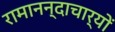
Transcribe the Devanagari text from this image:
रामानन्दाचार्यों